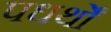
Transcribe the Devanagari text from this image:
पधर्थों